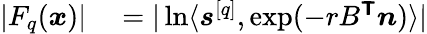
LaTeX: \begin{array}{rl}{|F_{q}(\boldsymbol{x})|}&{{}=|\ln\langle\boldsymbol{s}^{[q]},\exp(-rB^{\boldsymbol{\mathsf{T}}}\boldsymbol{n})\rangle|}\end{array}